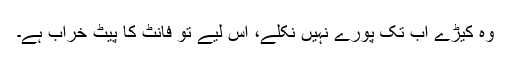
وہ کیڑے اب تک پورے نہیں نکلے، اس لیے تو فانٹ کا پیٹ خراب ہے۔